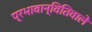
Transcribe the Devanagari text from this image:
प्रभावान्वितिवाले